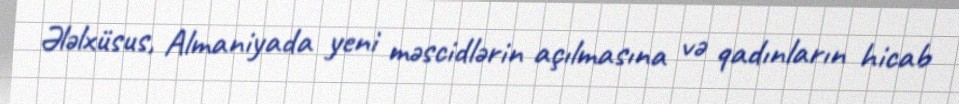
Ələlxüsus, Almaniyada yeni məscidlərin açılmasına və qadınların hicab